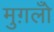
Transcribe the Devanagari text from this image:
मुग़लोँ